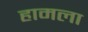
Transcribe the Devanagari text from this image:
हामला